Vaccination in Burma 1920-1933 - 1920-1933
Year: 1920
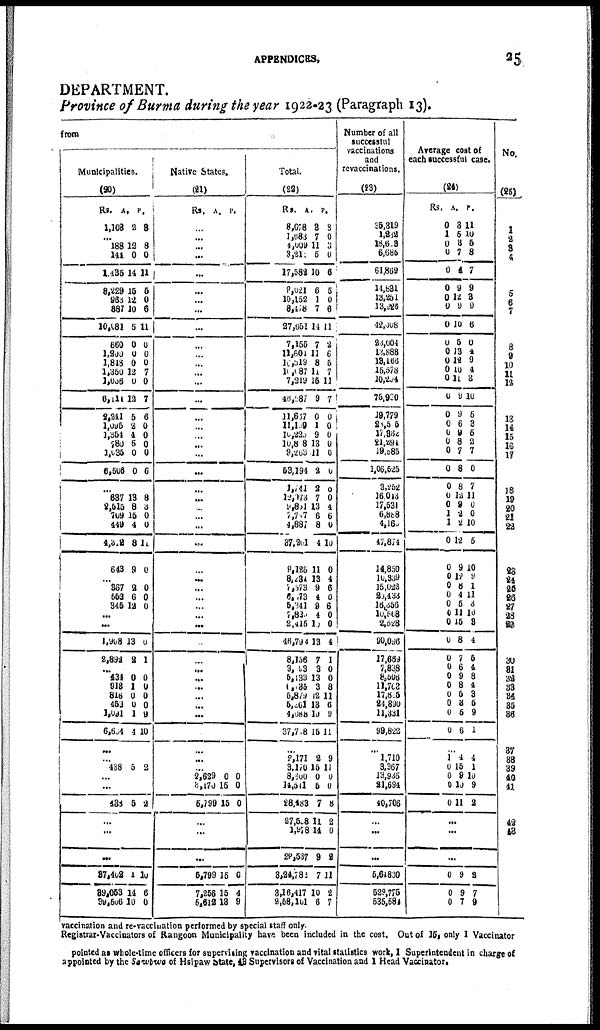
APPENDICES.
25
DEPARTMENT.
Province of Burma during the year 1922-23 (Paragraph 13).
from
Municipalities.
(20)
Rs.
1,103
A.
2
P.
3
...
188
144
1,435
8,229
963
887
10,081
660
1,200
1,818
1,350
1,086
6,114
2,241
1,095
1,354
780
1,035
6,503
12
0
14
15
12
10
5
0
0
0
12
0
12
5
2
4
5
0
0
8
0
11
5
0
6
11
0
0
0
7
0
7
6
0
0
0
0
6
...
637
2,515
709 449
4,312
643
13
8
15
4
8
9
8
3
0
0
11
0
...
367
552
345
2
6
12
0
0
0
...
...
1,908
2,892
13
2
0
1
... 434
918
816
453
1,091
6,604
0
1
0
0
1
4
0
0
0
0
9
10
...
...
438 5 2
...
...
438 5 2
...
...
...
37,402
39,053
39,506
1
14
10
10
6
0
Native States.
(21)
Rs.
A. P.
...
...
...
...
...
...
...
...
...
...
...
...
...
...
...
...
...
...
...
...
...
...
...
...
...
...
...
...
...
...
...
...
...
...
...
...
... ...
...
...
...
...
...
...
...
...
2,629
3,170
5,799
0
15
15
0
0
0
...
...
...
5,799
7,256
5,612
15
15
13
0
4
9
Total.
(22)
Rs.
8,678
1,683
4,009
3,211
17,582
9,021
10,152
8,478
27,651
7,155
11,604
10,519
10,087
7,219
46,587
11,687
11,109
10,225
10,808
9,263
53,194
1,141
12,073
9,801
5,707
4,887
37,201
9,126
8,234
7,873
6, 173
5,341
7,820
2,415
46,794
8,156
3,093
5,133
6,135
5,879
5,261
4,088
37,718
A.
3
7
11
5
10
6
1
7
14
7
11
8
14
15
9
0
1
9
13
11
2
2
7
13
6
8
4
11
13
9
4
9
4
10
13
7
3
13
3
12
13
10
15
P.
3
0
3
0
6
5
0
6
11
2
6
5
7
11
7
0
0
0
0
0
0
0
0
1
6
0
10
0
4
6
0
6
0
0
1
1
0
0
8
11
0
0
11
...
2,171
3,170
8,600
14,541
28,483
27,508
1,978
29,537
3,24,782
3,16,417
2,58,101
2
15
0
5
7
11
11
9
7
10
6
9
11
0
0
8
2
0
2
11
2
7
Number of all
successful
vaccinations
and
revaccinations.
(23)
35,319
1,232
18,603
6,686
61,862
14,831
13,251
13, 9255
42,008
23,004
18,888
13,166
15,578
10,204
75,900
19,779
28,506
17,362
21,294
19,585
1,06,525
3,252
16,043
17,531
6,888
4,160
47,874
14,850
10,339
15,022
20,433
16,356
10.568
2,528
90,096
17,664
7,838
8,506
11,702
17,805
24,890
11,331
99,822
...
1,710
3,367
13,935
21,694
40,706
...
...
...
5,64830
529,775
535,584
Arerage cost of
each successful case.
(24)
Rs.
0
1
0
0
0
0
0
0
0
0
0
0
0
0
0
0
0
0
0
0
0
0
0
0
1
1
0
0
0
0
0
0
0
0
0
0
0
0
0
0
0
0
0
A.
3
5
3
7
4
9
12
9
10
5
13
12
10
11
9
9
6
9
8
7
8
8
12
9
2
2
12
9
16
8
4
5
11
15
8
7
6 9
8
5
3
5
6
P.
11
10
5
8
7
9
3
9
6
0
4
9
4
3
10
5
3
5
2 7
0
7
11
0
0
10
5
10
9
1
11
3
10
8
4
5
4 8
4
3
6
9
1
...
1
0
0
0
0
4
15
9
10
11
4
1
10
9
2
...
...
...
0
0
0
9
9
7
2
7
9
No.
(25)
1
2
3
4
5
6
7
8
9
10
11
12
13
14
15
16
17
18
19
20
21
22
23
24
25
26
27
28
29
30
31
32
33
34
35
36
37
38
39
40
41
42
43
vaccination and re-vaccination performed by special staff only.
Registrar-Vaccinators of Rangoon Municipality have been included in the cost. Out of 15, only 1 Vaccinator
pointed as whole-time officers for supervising vaccination and vital statistics work, 1 Superintendent in charge of
appointed by the Sawbwa of Hsipaw State, 43 Supervisors of Vaccination and 1 Head Vaccinator.